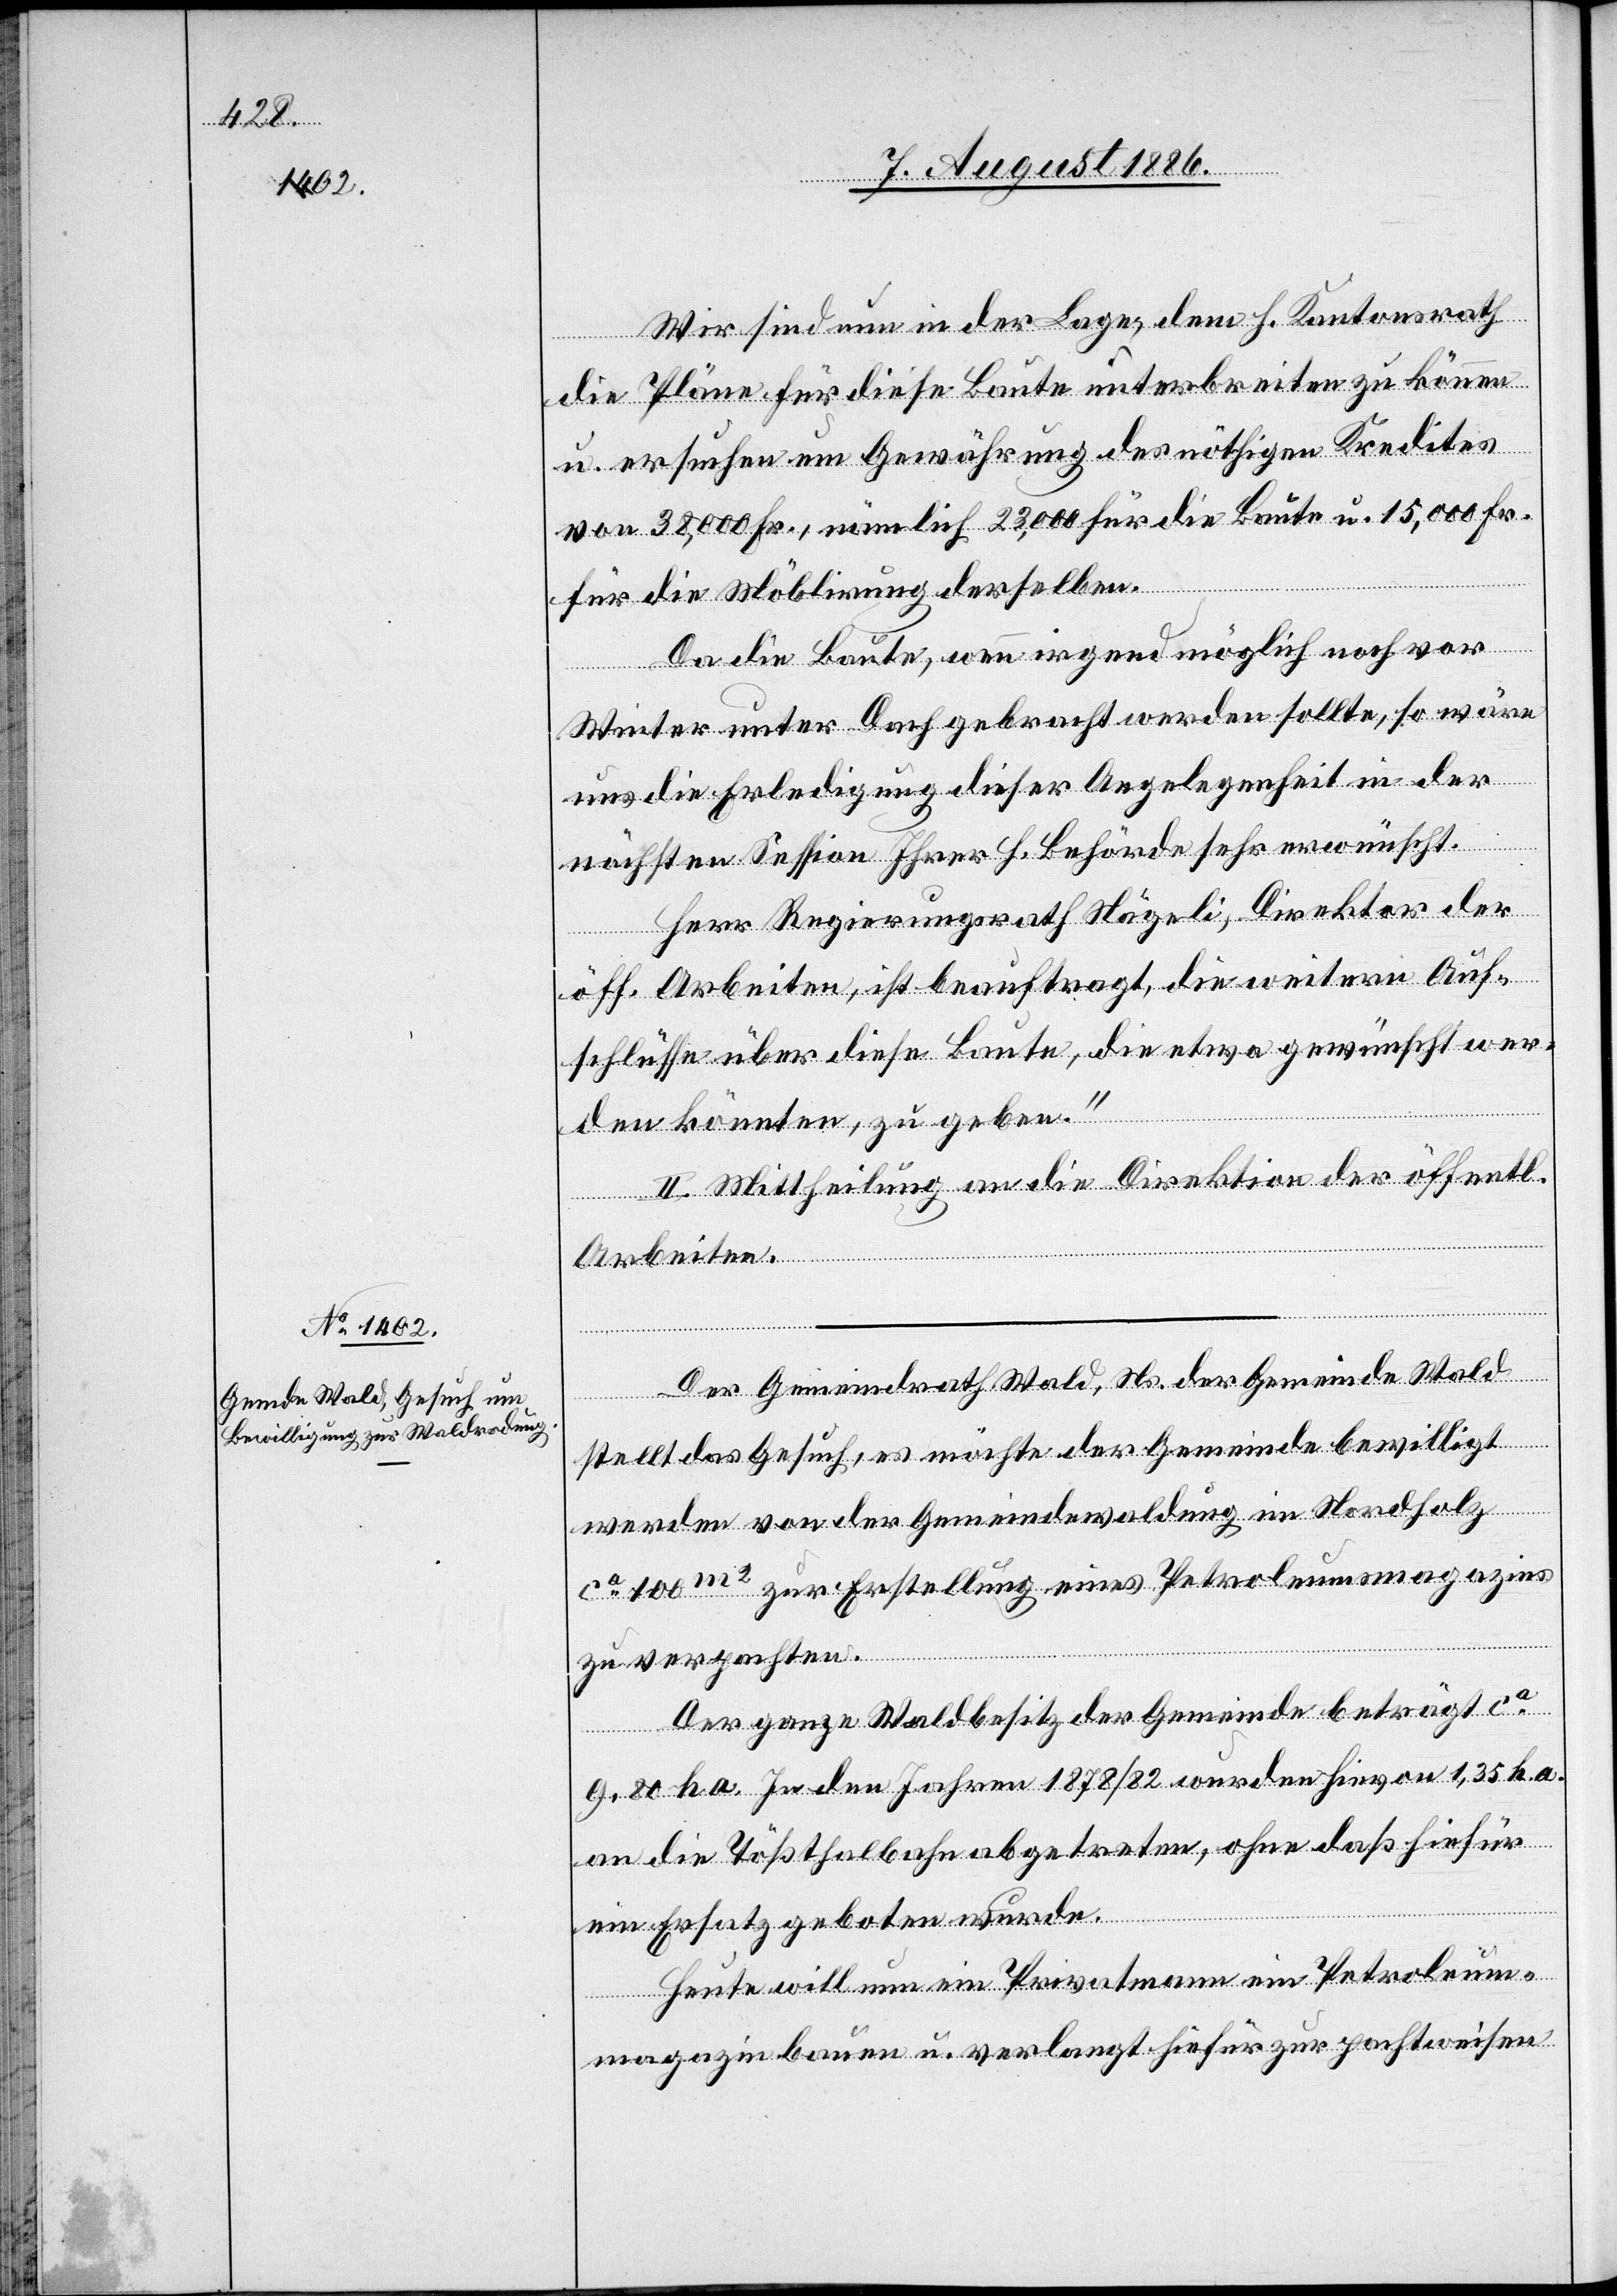
Wir sind nun in der Lage, dem h. Kantonsrath
die Pläne für diese Baute unterbreiten zu können
u. ersuchen um Gewährung des nöthigen Kredites
von 38,000 Fr., nämlich 23,000 für die Baute u. 15,000 Fr.
für die Möblirung derselben.
Da die Baute, wenn irgend möglich noch vor
Winter unter Dach gebracht werden sollte, so wäre
uns die Erledigung dieser Angelegenheit in der
nächsten Session Ihrer h. Behörde sehr erwünscht.
Herr Regierungsrath Nägeli, Direktor der
öff. Arbeiten, ist beauftragt, die weitern Auf¬
schlüsse über diese Baute, die etwa gewünscht wer¬
den könnten, zu geben.“
II. Mittheilung an die Direktion der öffentl.
Arbeiten.
Der Gemeindrath Wald, Ns. der Gemeinde Wald
stellt das Gesuch, es möchte der Gemeinde bewilligt
werden von der Gemeindewaldung im Nordholz
ca 100m2 zur Erstellung eines Petroleumsmagazin
zu verpachten.
Der ganze Waldbesitz der Gemeinde beträgt ca
9 80 ha. In den Jahren 1878/82 wurden hievon 1,35 ha.
an die Tößthalbahn abgetreten, ohne daß hiefür
ein Ersatz geboten wurde.
heute will nun ein Privatmann ein Petroleum¬
magazin bauen u. verlangt hiefür zur pachtweisen